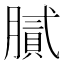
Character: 膩